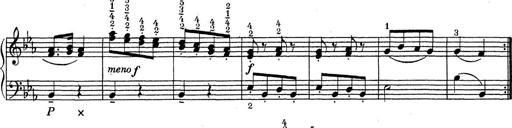
Title: ÄŒeskÃ© Sonatiny
Composer: Various